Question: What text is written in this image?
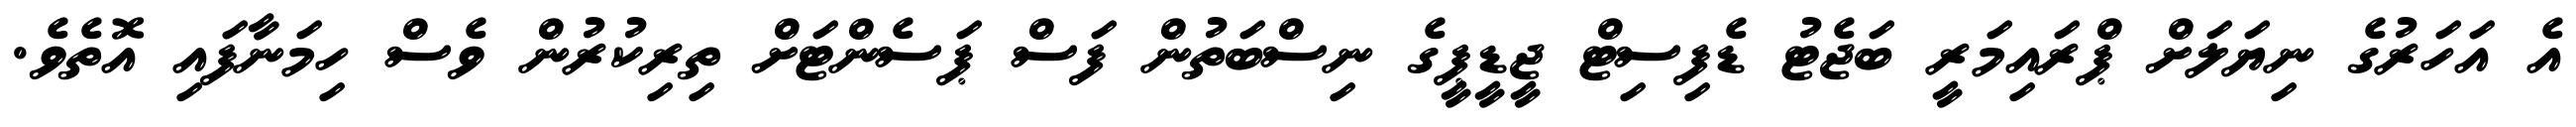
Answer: އެ އަހަރުގެ ނިޔަލަށް ޕްރައިމަރީ ބަޖެޓު ޑެފިސިޓް ޖީޑީޕީގެ ނިސްބަތުން ފަސް ޕަސެންޓަށް ތިރިކުރުން ވެސް ހިމަނާފައި އޮތެވެ.